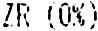
ZR (0%)